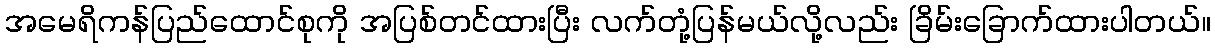
အမေရိကန်ပြည်ထောင်စုကို အပြစ်တင်ထားပြီး လက်တုံ့ပြန်မယ်လို့လည်း ခြိမ်းခြောက်ထားပါတယ်။